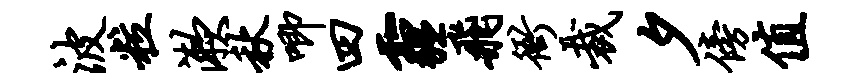
波粒漱秋唧四霾飞衙裁夕傍值